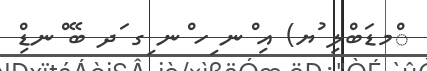
ްމޑަބްލި ުޔ) އި ްނ ިހ ްނ ިގ ަދ ބޭ ްނޑްި